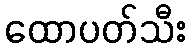
ထောပတ်သီး